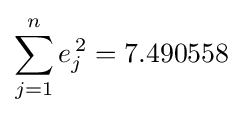
\sum _{j=1}^{n}e_{j}^{\,2}=7.490558